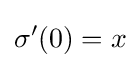
\sigma '(0)=x